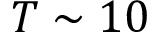
T \sim 1 0